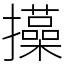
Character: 㩰